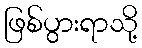
ဖြစ်ပွားရာသို့